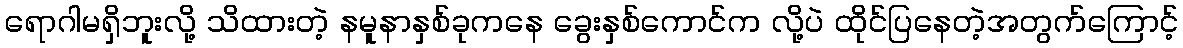
ရောဂါမရှိဘူးလို့ သိထားတဲ့ နမူနာနှစ်ခုကနေ ခွေးနှစ်ကောင်က လို့ပဲ ထိုင်ပြနေတဲ့အတွက်ကြောင့်